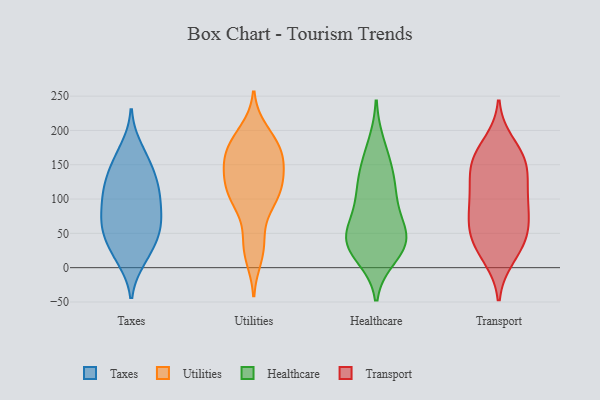
{"axis": {"x": "Humidity (%)", "y": "Value"}, "legend": ["Healthcare", "Taxes", "Transport", "Utilities"], "data": [{"x": "", "y": 21, "type": "Taxes"}, {"x": "", "y": 107, "type": "Taxes"}, {"x": "", "y": 60, "type": "Taxes"}, {"x": "", "y": 146, "type": "Taxes"}, {"x": "", "y": 108, "type": "Taxes"}, {"x": "", "y": 65, "type": "Taxes"}, {"x": "", "y": 103, "type": "Taxes"}, {"x": "", "y": 89, "type": "Taxes"}, {"x": "", "y": 67, "type": "Taxes"}, {"x": "", "y": 140, "type": "Taxes"}, {"x": "", "y": 129, "type": "Taxes"}, {"x": "", "y": 47, "type": "Taxes"}, {"x": "", "y": 49, "type": "Taxes"}, {"x": "", "y": 19, "type": "Taxes"}, {"x": "", "y": 13, "type": "Taxes"}, {"x": "", "y": 65, "type": "Taxes"}, {"x": "", "y": 161, "type": "Taxes"}, {"x": "", "y": 112, "type": "Taxes"}, {"x": "", "y": 174, "type": "Taxes"}, {"x": "", "y": 140, "type": "Utilities"}, {"x": "", "y": 157, "type": "Utilities"}, {"x": "", "y": 83, "type": "Utilities"}, {"x": "", "y": 41, "type": "Utilities"}, {"x": "", "y": 190, "type": "Utilities"}, {"x": "", "y": 181, "type": "Utilities"}, {"x": "", "y": 29, "type": "Utilities"}, {"x": "", "y": 15, "type": "Utilities"}, {"x": "", "y": 154, "type": "Utilities"}, {"x": "", "y": 99, "type": "Utilities"}, {"x": "", "y": 200, "type": "Utilities"}, {"x": "", "y": 155, "type": "Utilities"}, {"x": "", "y": 175, "type": "Utilities"}, {"x": "", "y": 121, "type": "Utilities"}, {"x": "", "y": 101, "type": "Utilities"}, {"x": "", "y": 167, "type": "Utilities"}, {"x": "", "y": 126, "type": "Utilities"}, {"x": "", "y": 108, "type": "Utilities"}, {"x": "", "y": 115, "type": "Utilities"}, {"x": "", "y": 43, "type": "Healthcare"}, {"x": "", "y": 145, "type": "Healthcare"}, {"x": "", "y": 39, "type": "Healthcare"}, {"x": "", "y": 18, "type": "Healthcare"}, {"x": "", "y": 28, "type": "Healthcare"}, {"x": "", "y": 45, "type": "Healthcare"}, {"x": "", "y": 178, "type": "Healthcare"}, {"x": "", "y": 101, "type": "Healthcare"}, {"x": "", "y": 139, "type": "Healthcare"}, {"x": "", "y": 40, "type": "Healthcare"}, {"x": "", "y": 112, "type": "Healthcare"}, {"x": "", "y": 89, "type": "Healthcare"}, {"x": "", "y": 49, "type": "Healthcare"}, {"x": "", "y": 15, "type": "Transport"}, {"x": "", "y": 102, "type": "Transport"}, {"x": "", "y": 50, "type": "Transport"}, {"x": "", "y": 159, "type": "Transport"}, {"x": "", "y": 100, "type": "Transport"}, {"x": "", "y": 42, "type": "Transport"}, {"x": "", "y": 162, "type": "Transport"}, {"x": "", "y": 75, "type": "Transport"}, {"x": "", "y": 138, "type": "Transport"}, {"x": "", "y": 20, "type": "Transport"}, {"x": "", "y": 78, "type": "Transport"}, {"x": "", "y": 158, "type": "Transport"}, {"x": "", "y": 100, "type": "Transport"}, {"x": "", "y": 125, "type": "Transport"}, {"x": "", "y": 148, "type": "Transport"}, {"x": "", "y": 54, "type": "Transport"}, {"x": "", "y": 181, "type": "Transport"}, {"x": "", "y": 45, "type": "Transport"}]}